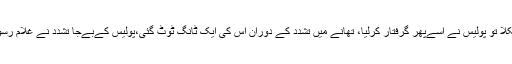
غلام رسول تین سال بعدجیل سے نکلا تو پولیس نے اسےپھر گرفتار کرلیا، تھانے میں تشدد کے دوران اس کی ایک ٹانگ ٹوٹ گئی،پولیس کےبےجا تشدد نے غلام رسول کو جرم کی دنیا میں دھکیل دیا۔